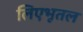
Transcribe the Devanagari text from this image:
लिएभूतल